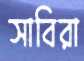
সাবিরা